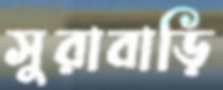
সুরাবাড়ি